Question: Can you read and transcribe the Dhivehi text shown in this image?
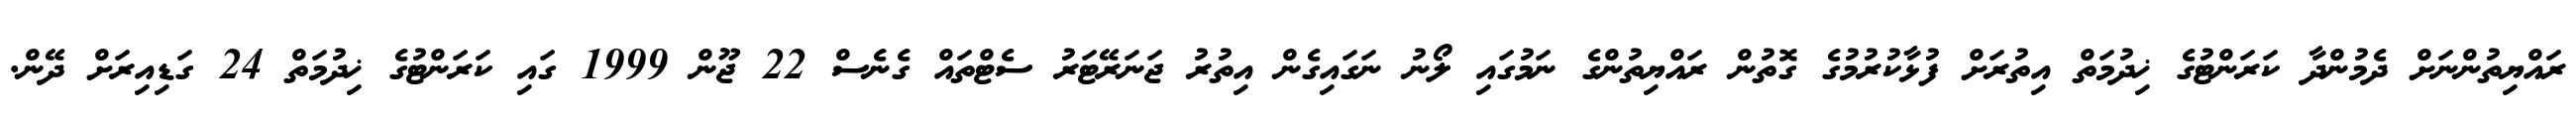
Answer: ރައްޔިތުންނަށް ދެމުންދާ ކަރަންޓުގެ ޚިދުމަތް އިތުރަށް ފުޅާކުރުމުގެ ގޮތުން ރައްޔިތުންގެ ނަމުގައި ލޯނު ނަގައިގެން އިތުރު ޖަނަރޭޓަރު ސެޓްތައް ގެނެސް 22 ޖޫން 1999 ގައި ކަރަންޓުގެ ޚިދުމަތް 24 ގަޑިއިރަށް ދޭން.